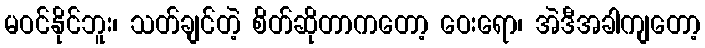
မဝင်နိုင်ဘူး၊ သတ်ချင်တဲ့ စိတ်ဆိုတာကတော့ ဝေးရော၊ အဲဒီအခါကျတော့